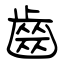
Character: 齒